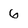
Character: 6